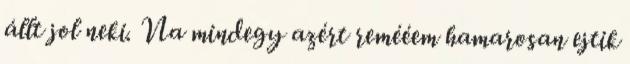
állt jol neki. Na mindegy azért remééem hamarosan ejtik